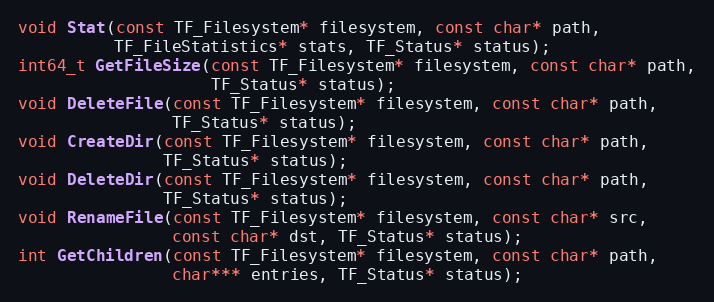
Language: C
void Stat(const TF_Filesystem* filesystem, const char* path,
          TF_FileStatistics* stats, TF_Status* status);
int64_t GetFileSize(const TF_Filesystem* filesystem, const char* path,
                    TF_Status* status);
void DeleteFile(const TF_Filesystem* filesystem, const char* path,
                TF_Status* status);
void CreateDir(const TF_Filesystem* filesystem, const char* path,
               TF_Status* status);
void DeleteDir(const TF_Filesystem* filesystem, const char* path,
               TF_Status* status);
void RenameFile(const TF_Filesystem* filesystem, const char* src,
                const char* dst, TF_Status* status);
int GetChildren(const TF_Filesystem* filesystem, const char* path,
                char*** entries, TF_Status* status);